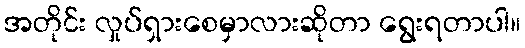
အတိုင်း လှုပ်ရှားစေမှာလားဆိုတာ ရွေးရတာပါ။